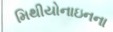
મિથીયોનાઇનના